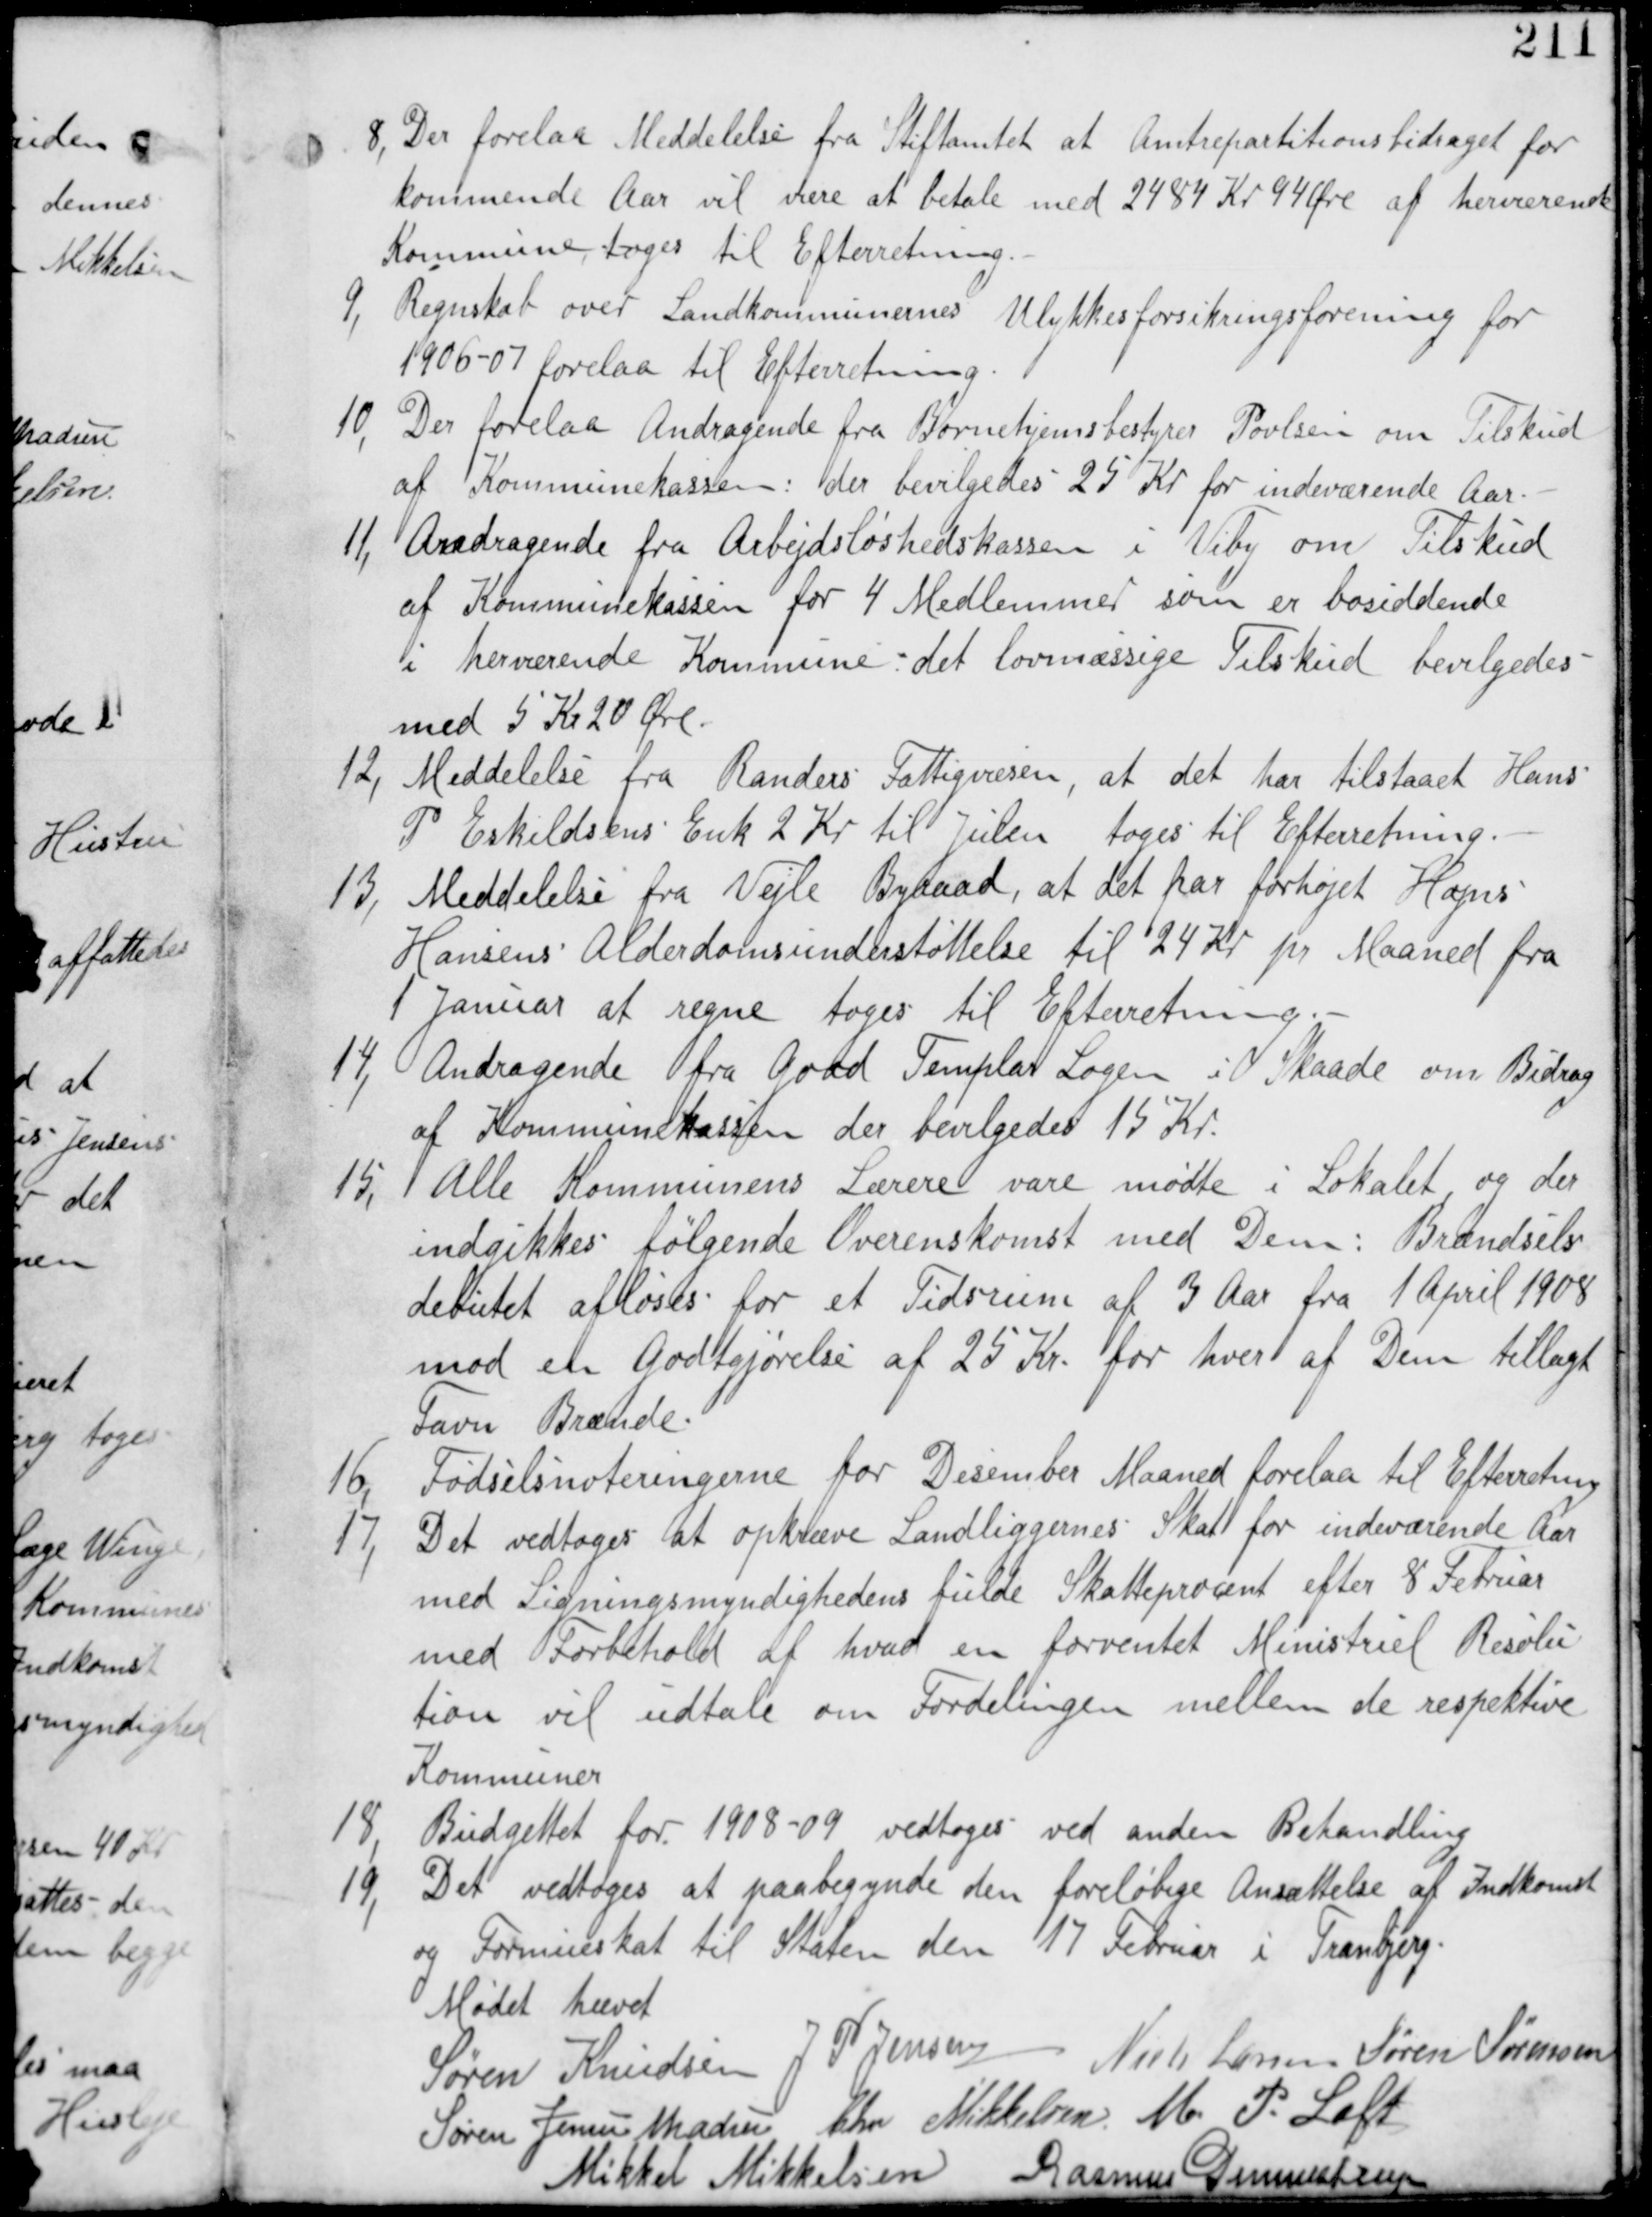
Transskription:
8, Der forelaa Meddelelse fra Stiftamtet at Amtrepartitionsbidraget for
kommende Aar vil være at betale med 2484 Kr 94 Øre af herværende
Kommune tages til Efterretning.

9, Regnskab over Landkommunernes Ulykkesforsikring for
1906-07 forelaa til Efterretning.

10, Der forelaa Andragende fra Børnehjemsbestyrer Povlsen om Tilskud
af Kommunekassen -: der bevilgedes 25 Kr for indeværende Aar.

11, Andragende fra Arbejdsløshedskassen i Viby om Tilskud
af Kommunekassen for 4 Medlemmer som er bosiddende
i herværende Kommune det lovmæssige Tilskud bevilgedes
med 5 Kr 20 Øre.

12, Meddelelse fra Randers Fattigvæsen, at det har tilstaaet Hans
P Eskildsens Enk 2 Kr til Julen tages til Efterretning.

13, Meddelelse fra Vejle Byraad, at det har forhøjet Hans
Hansens Alderdomsunderstøttelse til 24 Kr pr Maaned fra
Januar at Regne tages til Efterretning.

14, Andragende fra Good Templar Logen i Skaade om Bidrag
af Kommunekassen der bevilgedes 15 Kr.

15, Alle Kommunens Lærere vare mødte i Lokalet og der
indgikkes følgende Overenskomst med Dem: Brændsels-
debutet afløses for et Tidsrum af 3 Aar fra 1 April 1908
mod en Godtgjørelse af 25 Kr. for hver af Dem tillagt
Favn Brænde

16, Fødselsnoteringerne for December Maaned forelaa til Efterretning.

17, Det vedtages at opkræve Landliggernes Skat for indeværende Aar
med Ligningsmyndighedens fulde Skatteprocent efter 8 Februar
med Forbehold af hvad en forventet Ministriel Resolu
tion vil udtale om Fordelingen mellem de respektive
Kommuner.

18,
Budgettet for 1908-09 vedtages ved anden Behandling.

19,
Det vedtages at paabegynde den foreløbige Ansættelse af Indkomst
og Formueskat til Staten den 17 Februar i Tranbjerg.

Mødet hævet
Søren Knudsen J P Jensen Niels Larsen Søren Sørensen
Søren Jensen Madsen Chr Mikkelsen M P Loft
Mikkel Mikkelsen Rasmus Grumstrup